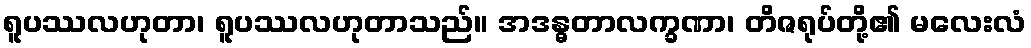
ရူပဿလဟုတာ၊ ရူပဿလဟုတာသည်။ အဒန္ဓတာလက္ခဏာ၊ တိဇရုပ်တို့၏ မလေးလံ